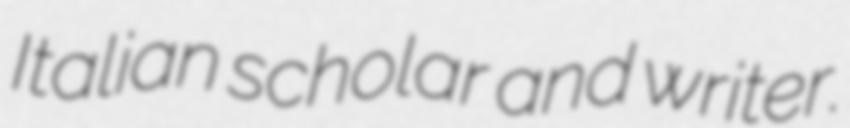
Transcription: Italian scholar and writer.